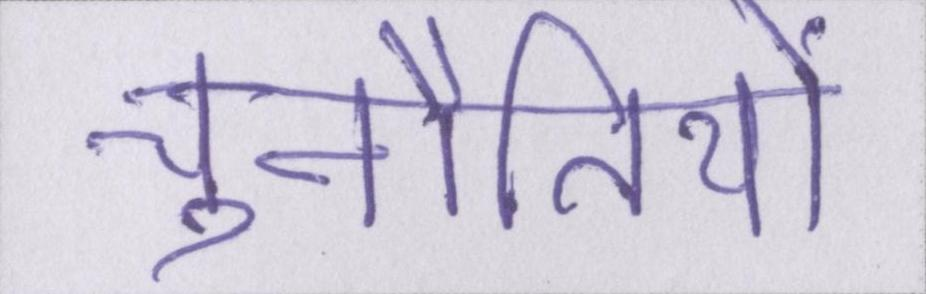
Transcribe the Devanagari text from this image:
चुनौतियों